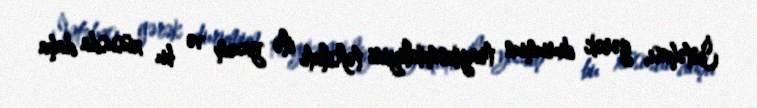
İntəhası, gərək durumun tragikomikliyini təfsilatı ilə yazım və bu xüsusda daha